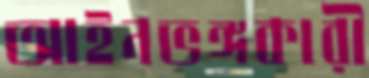
আইনভঙ্গকারী